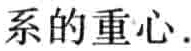
系的重心.